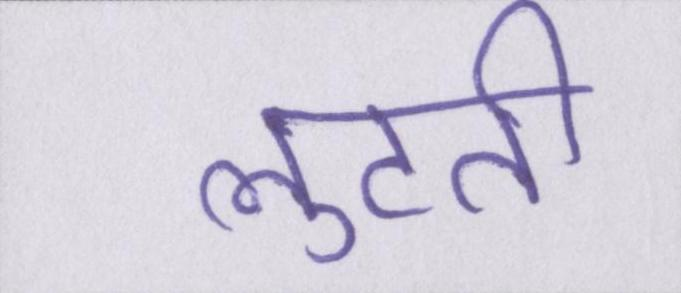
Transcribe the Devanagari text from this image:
लुटती